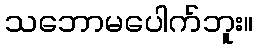
သဘောမပေါက်ဘူး။